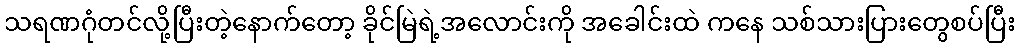
သရဏဂုံတင်လို့ပြီးတဲ့နောက်တော့ ခိုင်မြဲရဲ့အလောင်းကို အခေါင်းထဲ ကနေ သစ်သားပြားတွေစပ်ပြီး